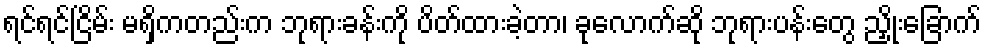
ရင်ရင်ငြိမ်း မရှိကတည်းက ဘုရားခန်းကို ပိတ်ထားခဲ့တာ၊ ခုလောက်ဆို ဘုရားပန်းတွေ ညှိုးခြောက်